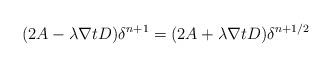
LaTeX: \begin{align*}(2A- \lambda\nabla t D)\delta^{n+1}=(2A+ \lambda\nabla t D)\delta^{n+1/2}\end{align*}